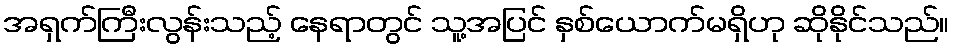
အရှက်ကြီးလွန်းသည့် နေရာတွင် သူ့အပြင် နှစ်ယောက်မရှိဟု ဆိုနိုင်သည်။